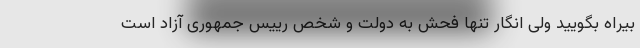
بیراه بگویید ولی انگار تنها فحش به دولت و شخص رییس جمهوری آزاد است